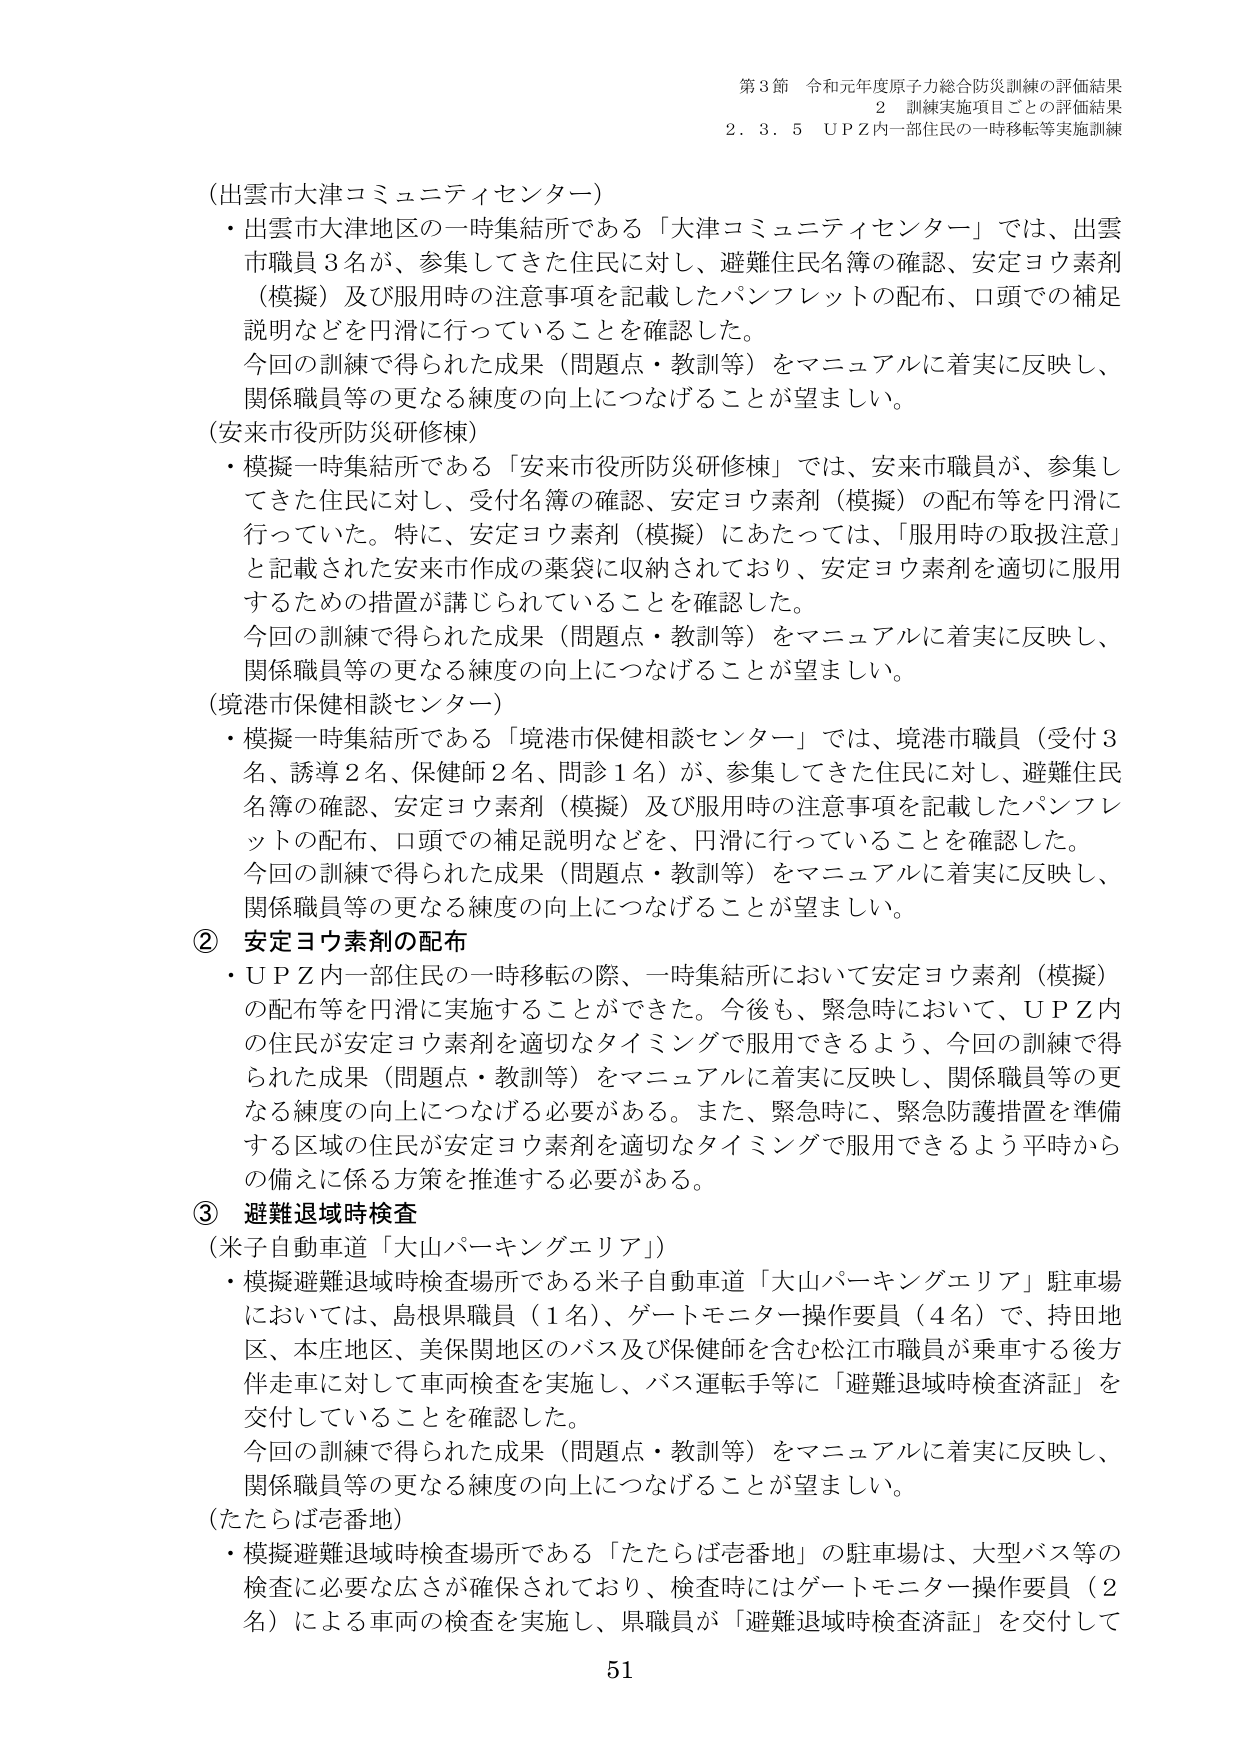
第3節 令和元年度原子力総合防災訓練の評価結果
2 訓練実施項目ごとの評価結果
2.3.5 UPZ内一部住民の一時移転等実施訓練

（出雲市大津コミュニティセンター）
・出雲市大津地区の一時集結所である「大津コミュニティセンター」では、出雲市職員3名が、参集してきた住民に対し、避難住民名簿の確認、安定ヨウ素剤（模擬）及び服用時の注意事項を記載したパンフレットの配布、口頭での補足説明などを円滑に行っていることを確認した。
今回の訓練で得られた成果（問題点・教訓等）をマニュアルに着実に反映し、関係職員等の更なる練度の向上につなげることが望ましい。

（安来市役所防災研修棟）
・模擬一時集結所である「安来市役所防災研修棟」では、安来市職員が、参集してきた住民に対し、受付名簿の確認、安定ヨウ素剤（模擬）の配布等を円滑に行っていた。特に、安定ヨウ素剤（模擬）にあたっては、「服用時の取扱注意」と記載された安来市作成の薬袋に収納されており、安定ヨウ素剤を適切に服用するための措置が講じられていることを確認した。
今回の訓練で得られた成果（問題点・教訓等）をマニュアルに着実に反映し、関係職員等の更なる練度の向上につなげることが望ましい。

（境港市保健相談センター）
・模擬一時集結所である「境港市保健相談センター」では、境港市職員（受付3名、誘導2名、保健師2名、問診1名）が、参集してきた住民に対し、避難住民名簿の確認、安定ヨウ素剤（模擬）及び服用時の注意事項を記載したパンフレットの配布、口頭での補足説明などを、円滑に行っていることを確認した。
今回の訓練で得られた成果（問題点・教訓等）をマニュアルに着実に反映し、関係職員等の更なる練度の向上につなげることが望ましい。

② 安定ヨウ素剤の配布
・UPZ内一部住民の一時移転の際、一時集結所において安定ヨウ素剤（模擬）の配布等を円滑に実施することができた。今後も、緊急時において、UPZ内の住民が安定ヨウ素剤を適切なタイミングで服用できるよう、今回の訓練で得られた成果（問題点・教訓等）をマニュアルに着実に反映し、関係職員等の更なる練度の向上につなげる必要がある。また、緊急時に、緊急防護措置を準備する区域の住民が安定ヨウ素剤を適切なタイミングで服用できるよう平時からの備えに係る方策を推進する必要がある。

③ 避難退域時検査
（米子自動車道「大山パーキングエリア」）
・模擬避難退域時検査場所である米子自動車道「大山パーキングエリア」駐車場においては、島根県職員（1名）、ゲートモニター操作要員（4名）で、持田地区、本庄地区、美保関地区のバス及び保健師を含む松江市職員が乗車する後方伴走車に対して車両検査を実施し、バス運転手等に「避難退域時検査済証」を交付していることを確認した。
今回の訓練で得られた成果（問題点・教訓等）をマニュアルに着実に反映し、関係職員等の更なる練度の向上につなげることが望ましい。

（たたらば壱番地）
・模擬避難退域時検査場所である「たたらば壱番地」の駐車場は、大型バス等の検査に必要な広さが確保されており、検査時にはゲートモニター操作要員（2名）による車両の検査を実施し、県職員が「避難退域時検査済証」を交付して

51